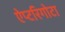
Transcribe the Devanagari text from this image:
ऐप्टरिगोटा